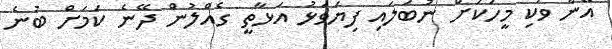
އޭނާ ވަކި މީހަކަށް ނުބަލައި ފިޔަވަޅު އަޅާތީ ގެއްލުން ދޭނެ ކަމަށް ބުނެ